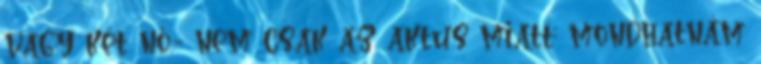
vagy két nő.- nem csak az aktus miatt; mondhatnám